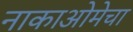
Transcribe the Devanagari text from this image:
नाकाओमेचा